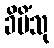
ခိပိံသု